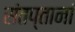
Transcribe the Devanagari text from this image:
संतप्तानां